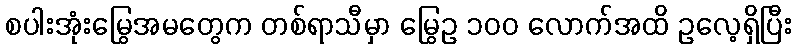
စပါးအုံးမြွေအမတွေက တစ်ရာသီမှာ မြွေဥ ၁၀၀ လောက်အထိ ဥလေ့ရှိပြီး